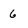
Character: 6